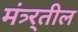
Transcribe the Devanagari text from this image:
मंत्र्र्तील